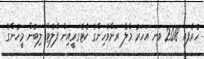
ހުރެފައި 2018 ވަނަ އަހަރު މާލެ ރަށްވެހިންގެ ކެޓެގަރީއިން ފްލެޓް ލިބުން މީހުންގެ